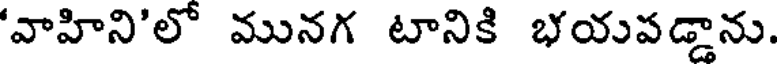
'వాహిని'లో మునగ టానికి భయపడ్డాను.